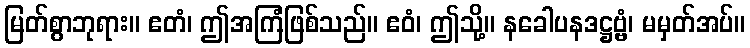
မြတ်စွာဘုရား။ ဧတံ၊ ဤအကြံဖြစ်သည်။ ဧဝံ၊ ဤသို့။ နခေါပနဒဋ္ဌဗ္ဗံ၊ မမှတ်အပ်။